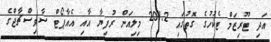
އަދި ޓޫރިޒަމް ޓެކުހުގެ ގޮތުގައި 201.2 މިލިއަން ރުފިޔާ އާއި އެއާޕޯޓް ސާވިސްޗާޖްގެ